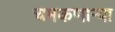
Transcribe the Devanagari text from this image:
चमकणार्‍या